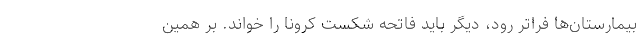
بیمارستان‌ها فراتر رود، دیگر باید فاتحه شکست کرونا را خواند. بر همین